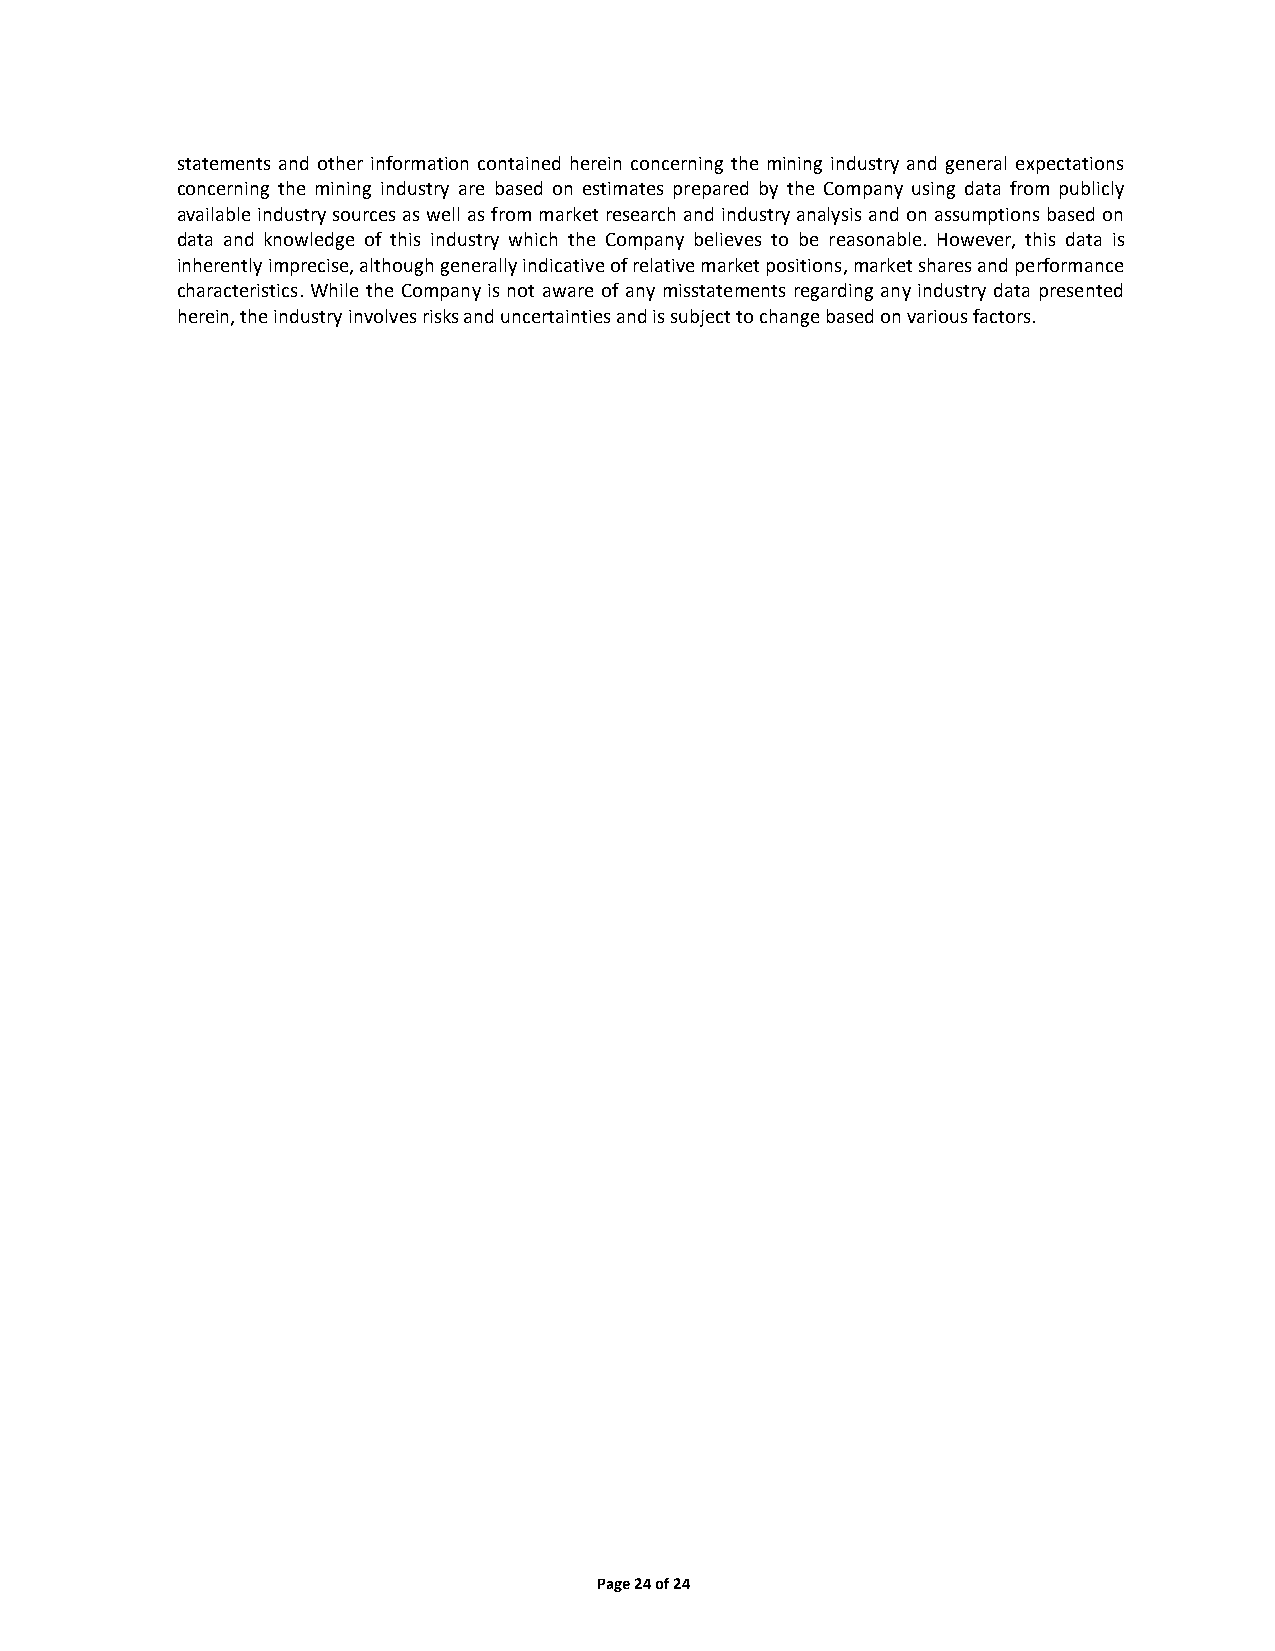
statements and other information contained herein concerning the mining industry and general expectations
 concerning the mining industry are based on estimates prepared by the Company using data from publicly
 available industry sources as well as from market research and industry analysis and on assumptions based on
 data and knowledge of this industry which the Company believes to be reasonable. However, this data is
 inherently imprecise, although generally indicative of relative market positions, market shares and performance
 characteristics. While the Company is not aware of any misstatements regarding any industry data presented
 herein, the industry involves risks and uncertainties and is subject to change based on various factors.
 Page 24 of 24